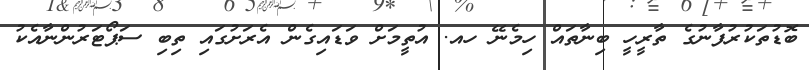
ބޮޑުތަކުރުފާނުގެ ތާރީހީ ބިނާތައް ހިމެނޭ ހއ. އުތީމަށް ވަޑައިގެން އެރަށުގައި ތިބި ސަޕޯޓަރުންނާއެކު